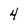
Character: 4